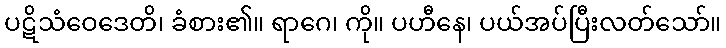
ပဋိသံဝေဒေတိ၊ ခံစား၏။ ရာဂေ၊ ကို။ ပဟီနေ၊ ပယ်အပ်ပြီးလတ်သော်။